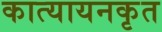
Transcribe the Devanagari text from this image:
कात्यायनकृत